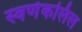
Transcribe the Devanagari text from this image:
स्वर्णकलिल